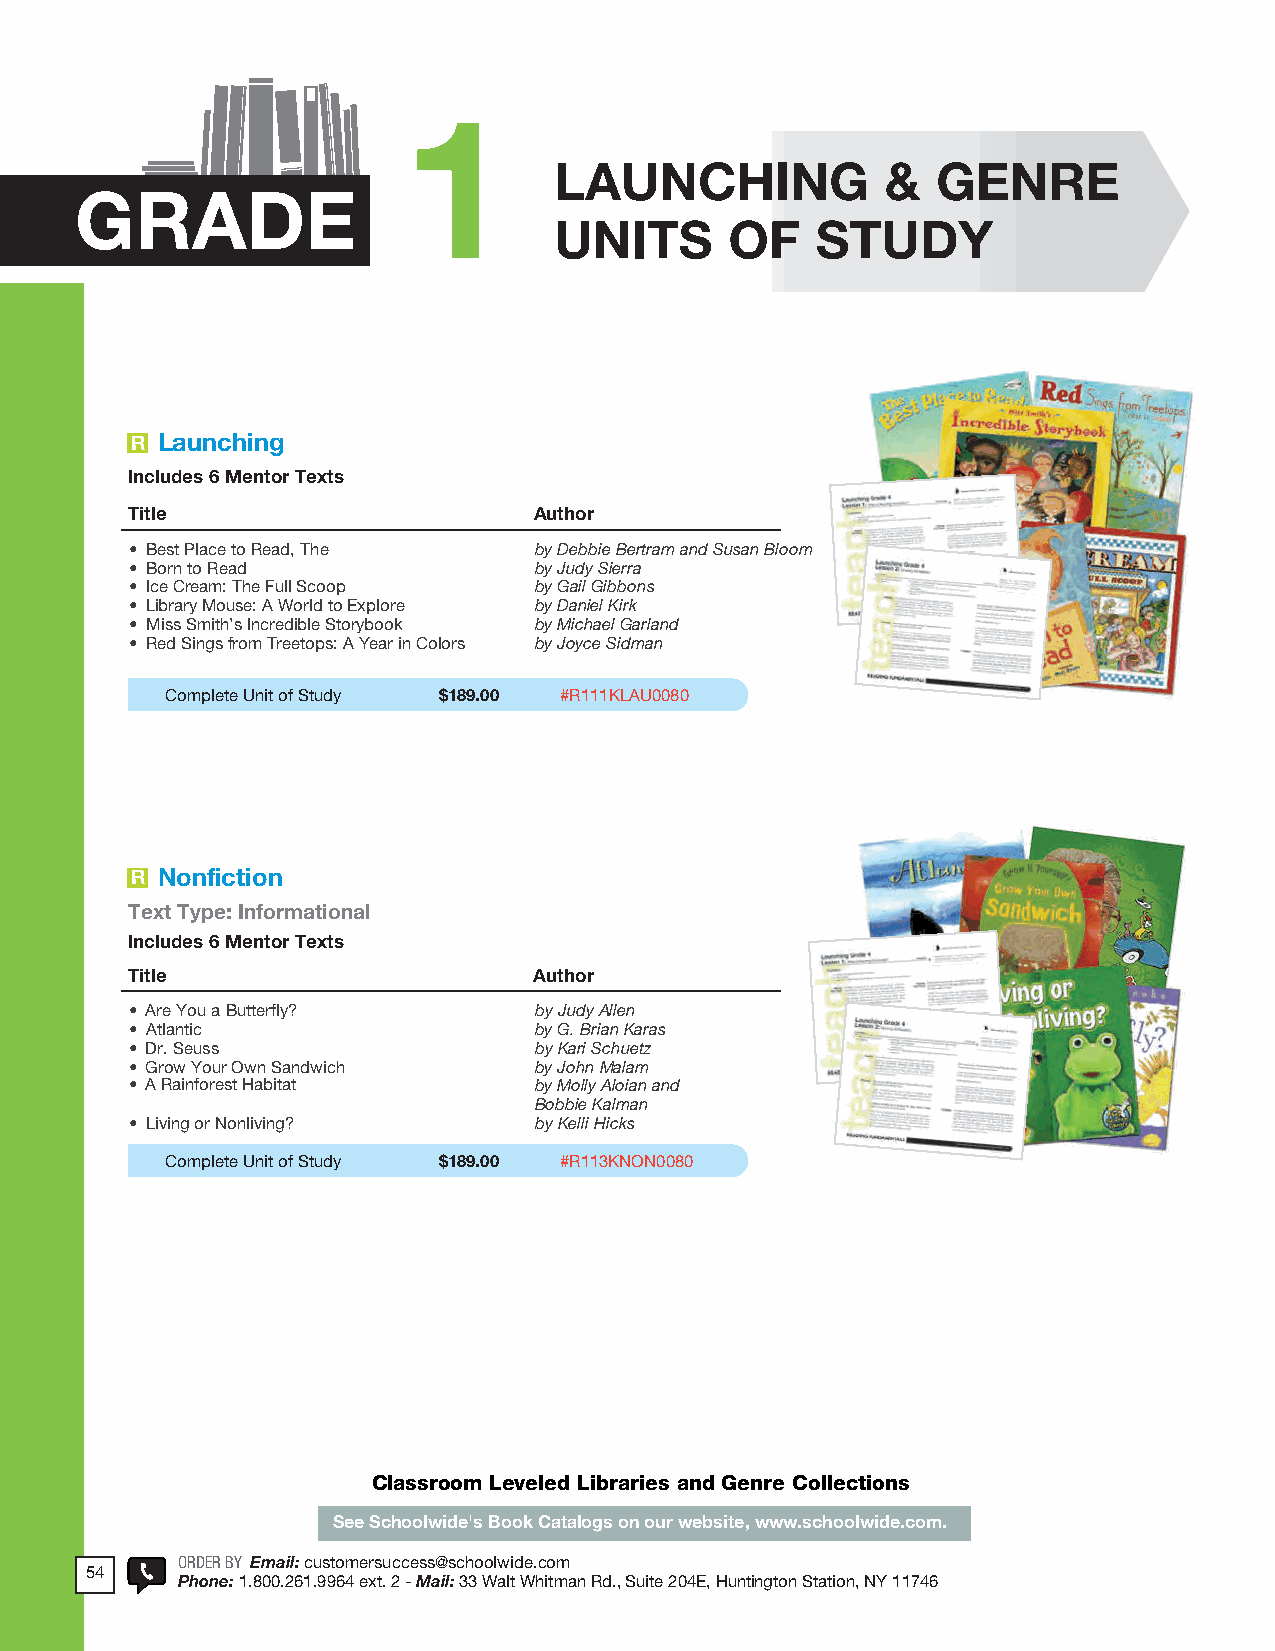
2018 ProdSamp_Layout 1 7/28/17 12:09 PM Page 180
 1
 LAUNCHING             &  GENRE
 GRADE
 UNITS      OF    STUDY
 R Launching
 Includes 6 Mentor Texts
 Title                      Author
 • Best Place to Read, The by Debbie Bertram and Susan Bloom
 • Born to Read            by Judy Sierra
 • Ice Cream: The Full Scoop by Gail Gibbons
 • Library Mouse: A World to Explore by Daniel Kirk
 • Miss Smith’s Incredible Storybook by Michael Garland
 • Red Sings from Treetops: A Year in Colors by Joyce Sidman
 Complete Unit of Study $189.00 #R111KLAU0080
 R Nonfiction
 Text Type: Informational
 Includes 6 Mentor Texts
 Title                      Author
 • Are You a Butterfly?    by Judy Allen
 • Atlantic                by G. Brian Karas
 • Dr. Seuss               by Kari Schuetz
 • Grow Your Own Sandwich  by John Malam
 • A Rainforest Habitat    by Molly Aloian and
 Bobbie Kalman
 • Living or Nonliving?    by Kelli Hicks
 Complete Unit of Study $189.00 #R113KNON0080
 Classroom Leveled Libraries and Genre Collections
 See Schoolwide's Book Catalogs on our website, www.schoolwide.com.
 ORDER BY Email: customersuccess@schoolwide .com
 54
 POhRoDnEeR :B 1Y . 8E0m0 .a2i6l:1 c .u9s9to6m4e resxertv . ic2e @- Mschaoiol:l w3id3e .Wcoamlt Whitman Rd ., Suite 204E, Huntington Station, NY 11746
 126    Phone: 1.800.261.9964 - Fax: 1.866.333.1130 - Mail: 33 Walt Whitman Rd., Suite 204E, Huntington Station, NY 11746